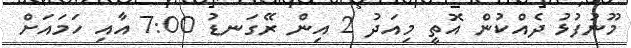
މޫނުފުޅު ދެއްކުން އޮތީ މިއަދު 2 އިން ރޭގަނޑު 7:00 އާއި ހަމައަށް